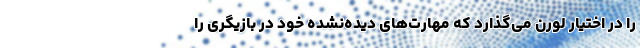
را در اختیار لورن می‌گذارد که مهارت‌های دیده‌نشده خود در بازیگری را